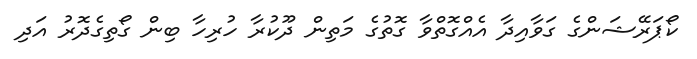
ކޯޕަރޭޝަންގެ ގަވާއިދާ އެއްގޮތްވާ ގޮތުގެ މަތިން ދޫކުރާ ހުރިހާ ބިން ގޯތިގެދޮރު އަދި